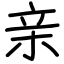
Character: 亲